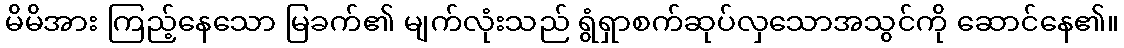
မိမိအား ကြည့်နေသော မြခက်၏ မျက်လုံးသည် ရွံရှာစက်ဆုပ်လှသောအသွင်ကို ဆောင်နေ၏။